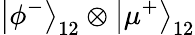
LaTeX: \left|\phi^{-}\right\rangle_{12}\otimes\left|\mu^{+}\right\rangle_{12}